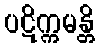
ပဋိက္ကမန္တိ